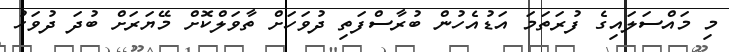
މި މައްސަލައިގެ ފުރަތަމަ އަޑުއެހުން ބުރާސްފަތި ދުވަހަށް ތާވަލްކޮށް މޭޔަރަށް ބުދަ ދުވަހު